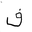
Letter: _fa